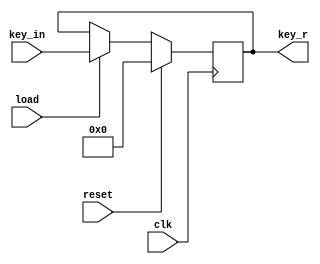
//yinon zadok
//18.07.2024
`default_nettype none 
`timescale 1 ns / 1 ps
module register1
(
input wire clk   ,
input wire	reset ,
input wire load,
input wire	[63:0]  key_in,

output reg [63:0] key_r
);


always @(posedge clk )
	if (reset)
		key_r <= 0;
	else
		if (load)
		key_r <= key_in;				
endmodule